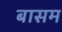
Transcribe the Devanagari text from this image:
बासम